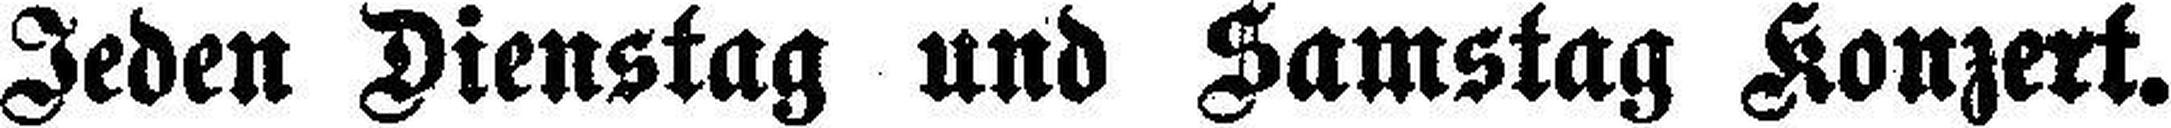
Jeden Dienstag und Samstag Konzert.